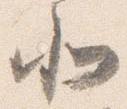
北